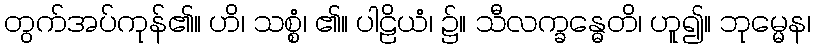
တွက်အပ်ကုန်၏။ ဟိ၊ သစ္စံ၊ ၏။ ပါဠိယံ၊ ၌။ သီလက္ခန္ဓေတိ၊ ဟူ၍။ ဘုမ္မေန၊